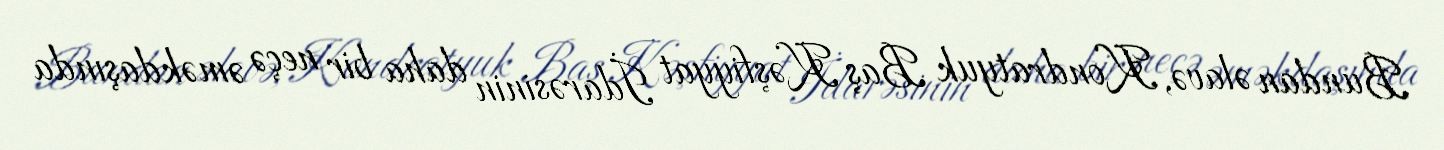
Bundan əlavə, Kondratyuk Baş Kəşfiyyat İdarəsinin daha bir neçə əməkdaşında